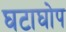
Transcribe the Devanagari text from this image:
घटाघोप